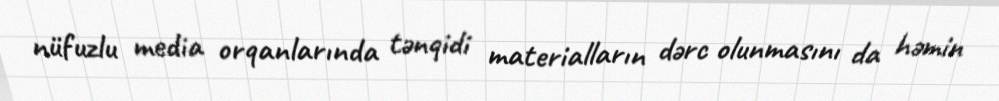
nüfuzlu media orqanlarında tənqidi materialların dərc olunmasını da həmin